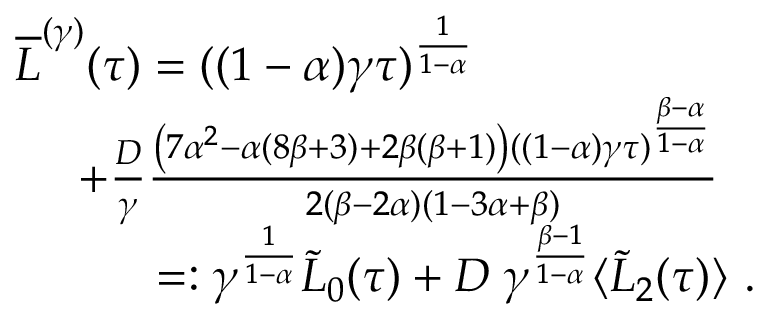
\begin{array} { r l } & { \overline { { L } } ^ { ( \gamma ) } ( \tau ) = ( ( 1 - \alpha ) \gamma \tau ) ^ { \frac { 1 } { 1 - \alpha } } } \\ & { \quad \ + \frac { D } { \gamma } \frac { \left( 7 \alpha ^ { 2 } - \alpha ( 8 \beta + 3 ) + 2 \beta ( \beta + 1 ) \right) ( ( 1 - \alpha ) \gamma \tau ) ^ { \frac { \beta - \alpha } { 1 - \alpha } } } { 2 ( \beta - 2 \alpha ) ( 1 - 3 \alpha + \beta ) } } \\ & { \qquad \quad = : \gamma ^ { \frac { 1 } { 1 - \alpha } } \tilde { L } _ { 0 } ( \tau ) + D \; \gamma ^ { \frac { \beta - 1 } { 1 - \alpha } } \langle \tilde { L } _ { 2 } ( \tau ) \rangle \ . } \end{array}